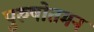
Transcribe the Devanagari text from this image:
पुरुषोतमन